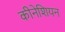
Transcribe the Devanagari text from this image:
कीनेशियन